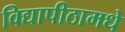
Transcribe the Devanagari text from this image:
विद्यापीठामधे